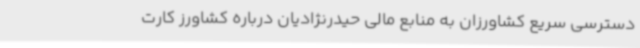
دسترسی سریع کشاورزان به منابع مالی حیدرنژادیان درباره کشاورز کارت